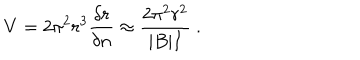
V = 2 \pi ^ { 2 } r ^ { 3 } \frac { \delta r } { \delta n } \approx \frac { 2 \pi ^ { 2 } r ^ { 2 } } { | B | I } \ .